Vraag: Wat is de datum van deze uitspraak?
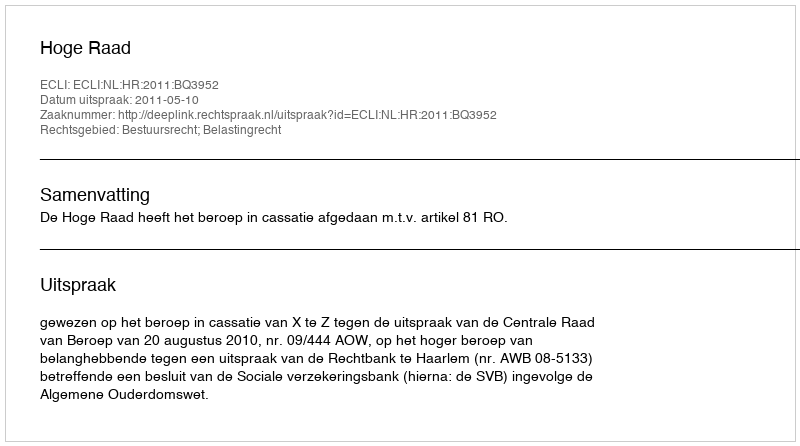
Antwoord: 2011-05-10